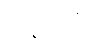
အနာဂါမီ